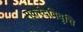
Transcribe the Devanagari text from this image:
मकरंदविवृत्ति